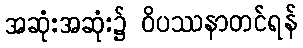
အဆုံးအဆုံး၌ ဝိပဿနာတင်ရန်